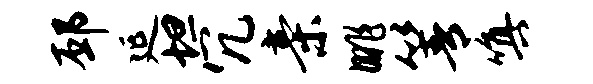
邳延坦冗亲眺箐嗔